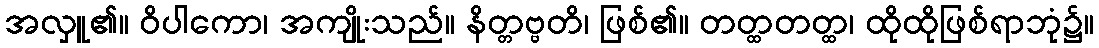
အလှူ၏။ ဝိပါကော၊ အကျိုးသည်။ နိတ္တဗ္ဗတိ၊ ဖြစ်၏။ တတ္ထတတ္ထ၊ ထိုထိုဖြစ်ရာဘုံ၌။